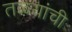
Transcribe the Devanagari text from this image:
तळ्यांची